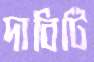
দাবিটি